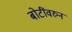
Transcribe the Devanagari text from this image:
बोटींवरुन